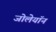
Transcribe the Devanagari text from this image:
जोलेयॉन